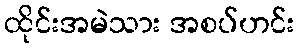
ထိုင်းအမဲသား အစပ်ဟင်း